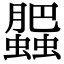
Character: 𧓖